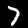
Label: 7